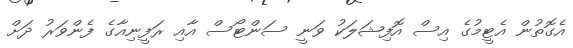
އެގޮތުން އެޓީމުގެ އިސް އޮފިޝަލަކު ވަނީ ސަންޓޯސް އާއި ރަފީނިއާގެ ފެންވަރު ދަށް